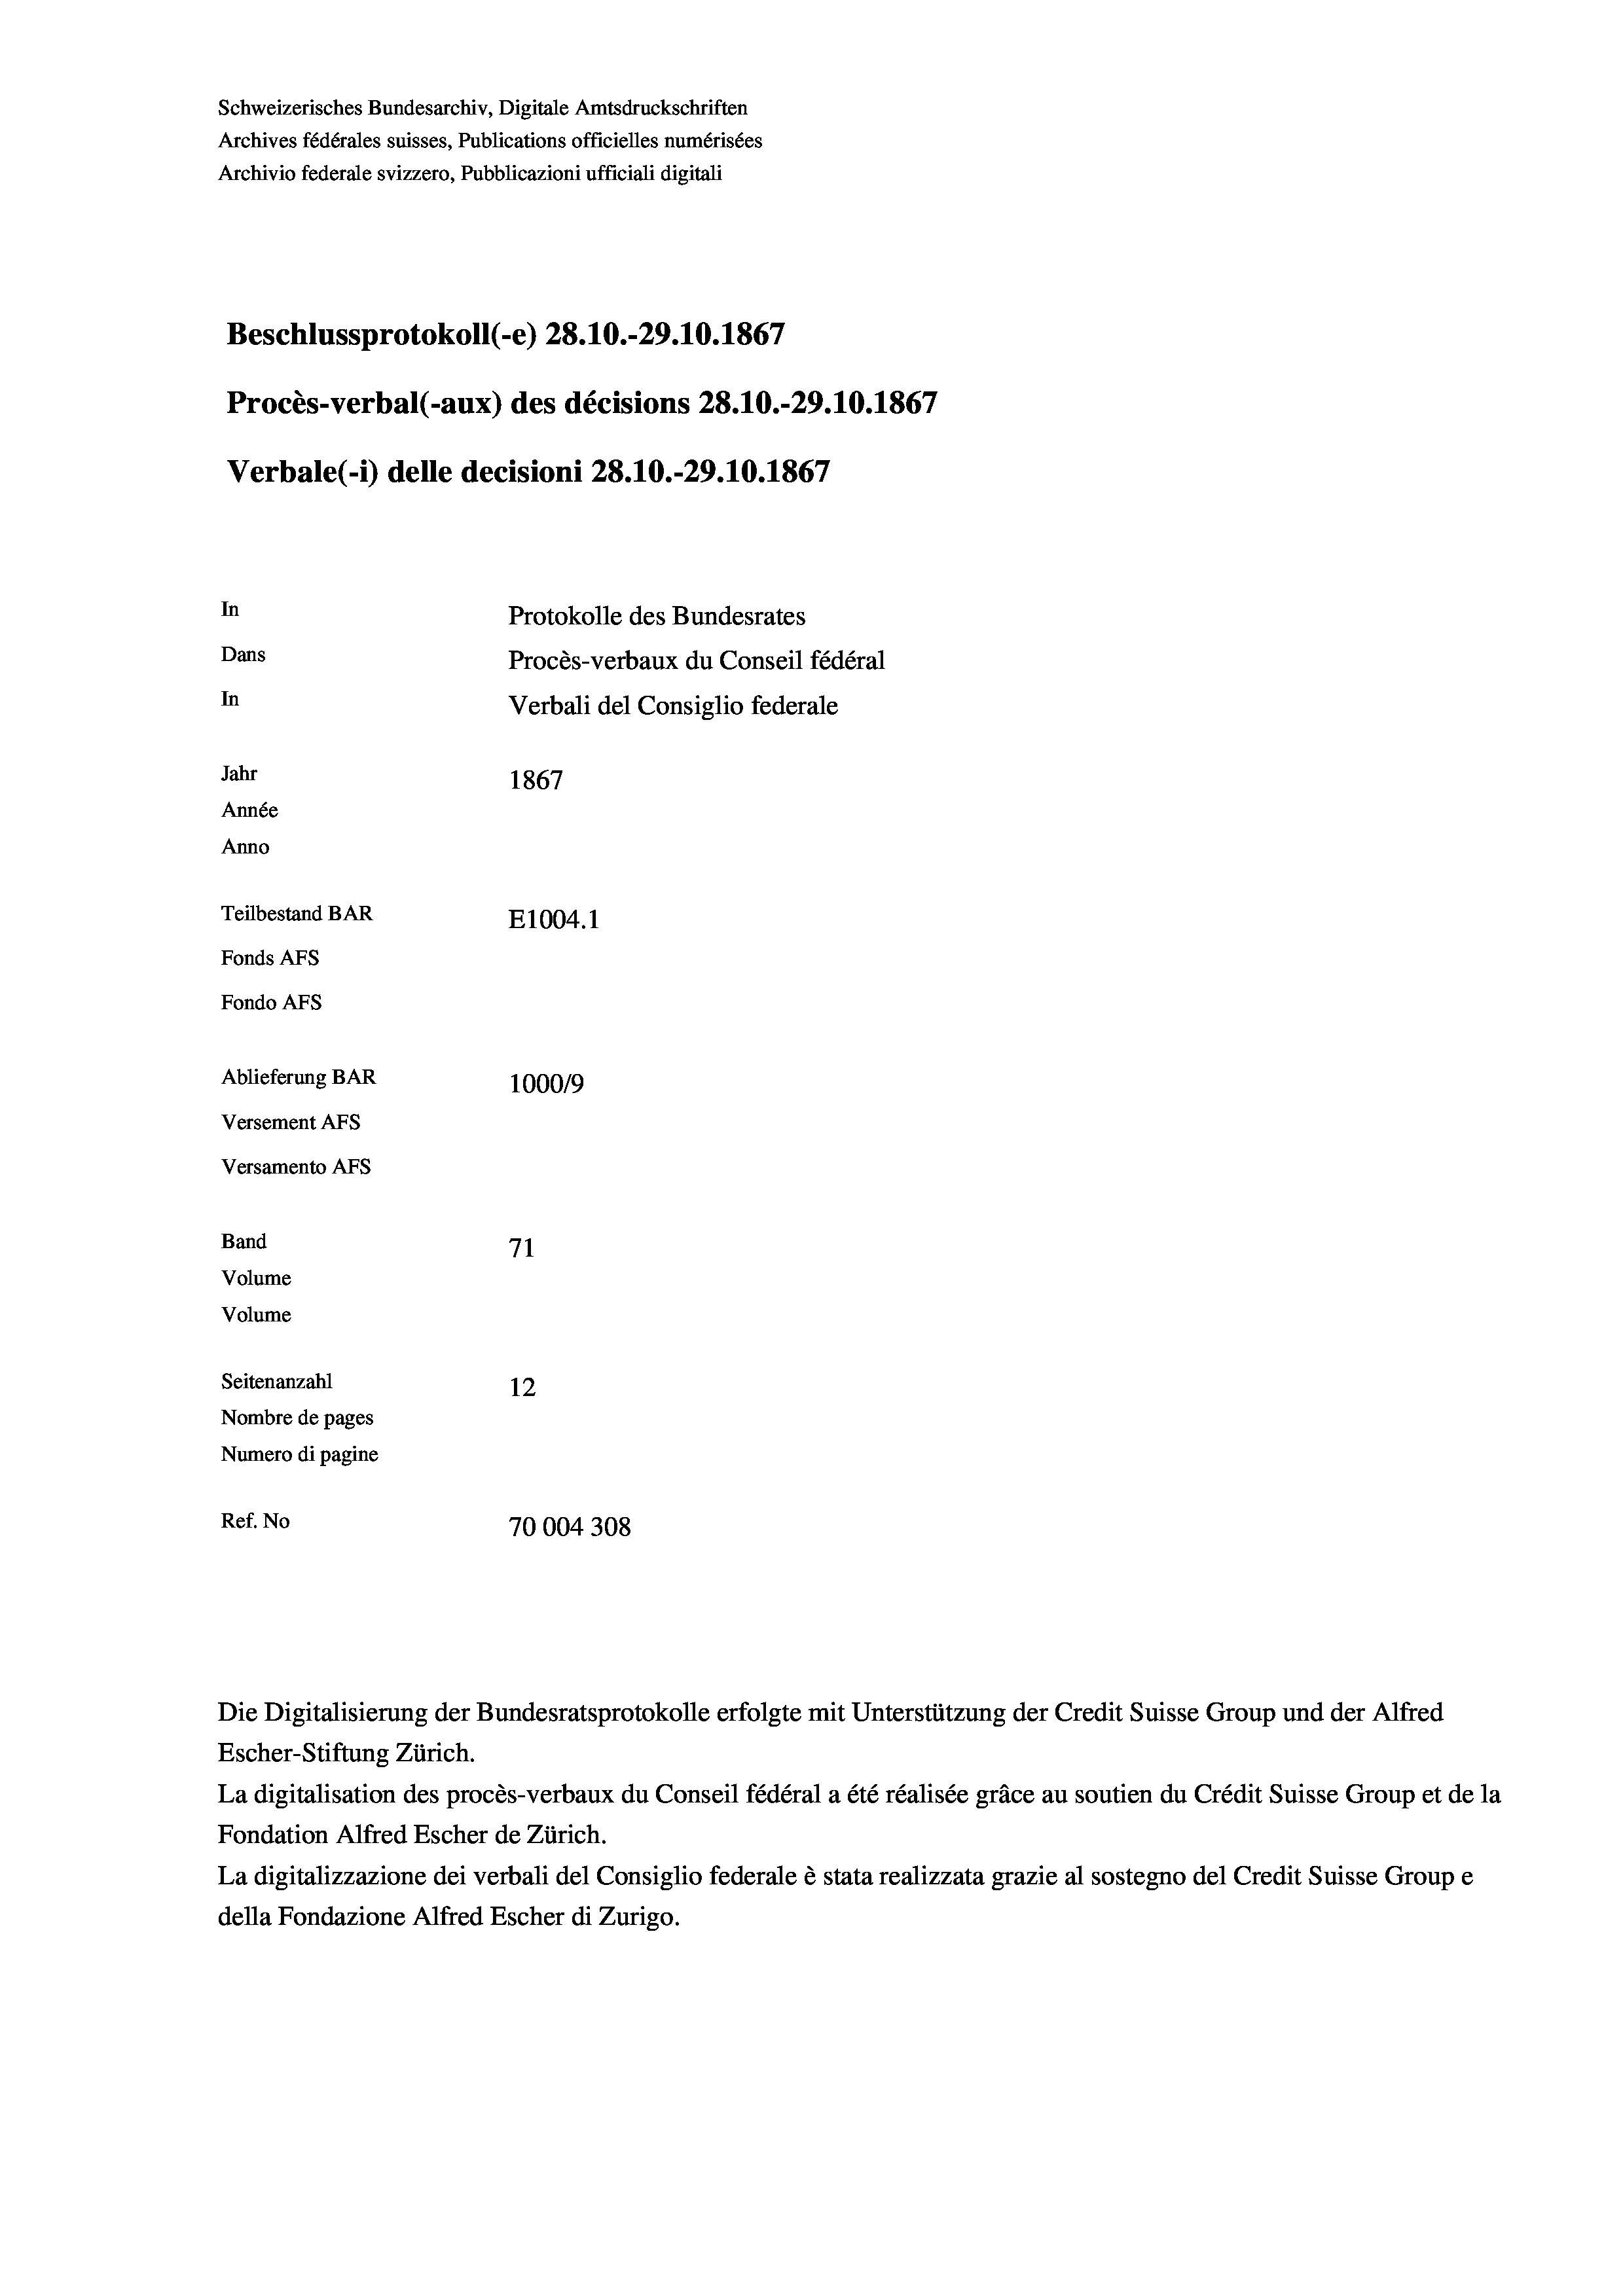
Schweizerisches Bundesarchiv, Digitale Amtsdruckschriften
Archives fédérales suisses, Publications officielles numérisées
Archivio federale svizzero, Pubblicazioni ufficiali digitali
Beschlussprotokoll (-e) 28.10.-29.10.1867
Procès-verbal (-aux) des décisions 28.10.-29.10.1867
Verbale (i) delle decisioni 28. 10.-29.10.1867
In
Protokolle des Bundesrates
Dans
Procès-verbaux du Conseil fédéral
In
Verbali del Consiglio federale
Jahr
1867
Année
Anno
Teilbestand BAR
E1004.1
Fonds AFs
Fondo AFs

Ablieferung BAR
Versement AFs
Versamento AFs
Band
Volume
Volume

71
Seitenanzahl
12
Nombre de pages
Numero di pagine
Ref. No
70004308

100019

Escher-Stiftung Zürich.
La digitalisation des procès-verbaux du Conseil fédéral a été réalisée gräce au soutien du Crédit Suisse Group et de la
Fondation Alfred Escher de Zürich.
La digitalizzazione dei verbali del Consiglio federale è stata realizzata grazie al sostegno del Credit Suisse Groupe
della Fondazione Alfred Escher di Zurigo.

Die Digitalisierung der Bundesratsprotokolle erfolgte mit Unterstützung der Credit Suisse Group und der Alfred